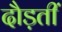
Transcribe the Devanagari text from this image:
दौड़तीं